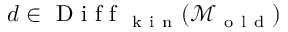
d \in \mathrm { ~ D ~ i ~ f ~ f ~ } _ { \mathrm { ~ k ~ i ~ n ~ } } ( \mathcal { M } _ { \mathrm { ~ o ~ l ~ d ~ } } )